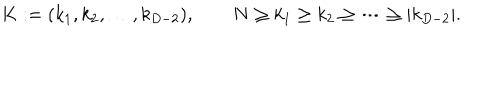
K : = ( k _ { 1 } , k _ { 2 } , \ldots , k _ { D - 2 } ) , \qquad N \geq k _ { 1 } \geq k _ { 2 } \geq \cdots \geq | k _ { D - 2 } | .